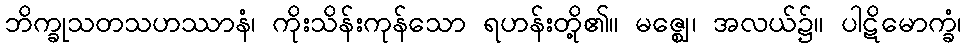
ဘိက္ခုသတသဟဿာနံ၊ ကိုးသိန်းကုန်သော ရဟန်းတို့၏။ မဇ္ဈေ၊ အလယ်၌။ ပါဋိမောက္ခံ၊